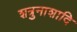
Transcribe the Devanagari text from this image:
शत्रुनाशादि